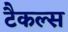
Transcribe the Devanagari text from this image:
टैकल्स